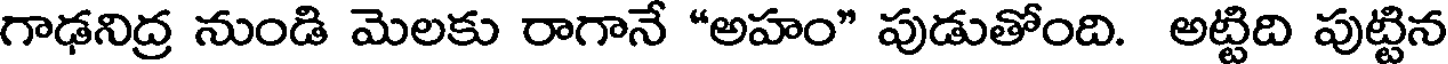
గాఢనిద్ర నుండి మెలకు రాగానే "అహం" పుడుతోంది. అట్టిది పుట్టిన